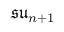
\mathfrak { s u } _ { n + 1 }